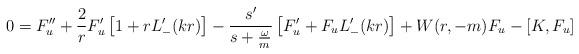
LaTeX: \begin{align*}0=F_u^{\prime\prime}+\frac{2}{r}F_u^\prime \left[1+rL_-^\prime(kr)\right]-\frac{s^\prime}{s+\frac{\omega}{m}} \left[F_u^\prime+F_u L_-^\prime(kr)\right] +W(r,-m) F_u -\left[K,F_u\right] \end{align*}